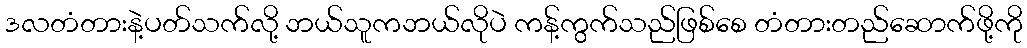
ဒလတံတားနဲ့ပတ်သက်လို့ ဘယ်သူကဘယ်လိုပဲ ကန့်ကွက်သည်ဖြစ်စေ တံတားတည်ဆောက်ဖို့ကို